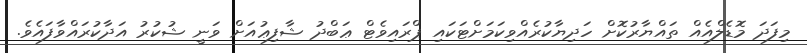
މިފަދަ މޮޑެލްއެއް ތައްޔާރުކޮށް ހަދިޔާކުރެއްވިކަމަށްޓަކައި ޕްރައިވެޓް ޢަބްދު ޝާފިޢުއަށް ވަނީ ޝުކުރު އަދާކުރައްވާފައެވެ.